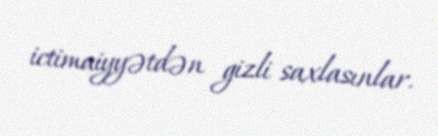
ictimaiyyətdən gizli saxlasınlar.